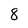
Character: 8